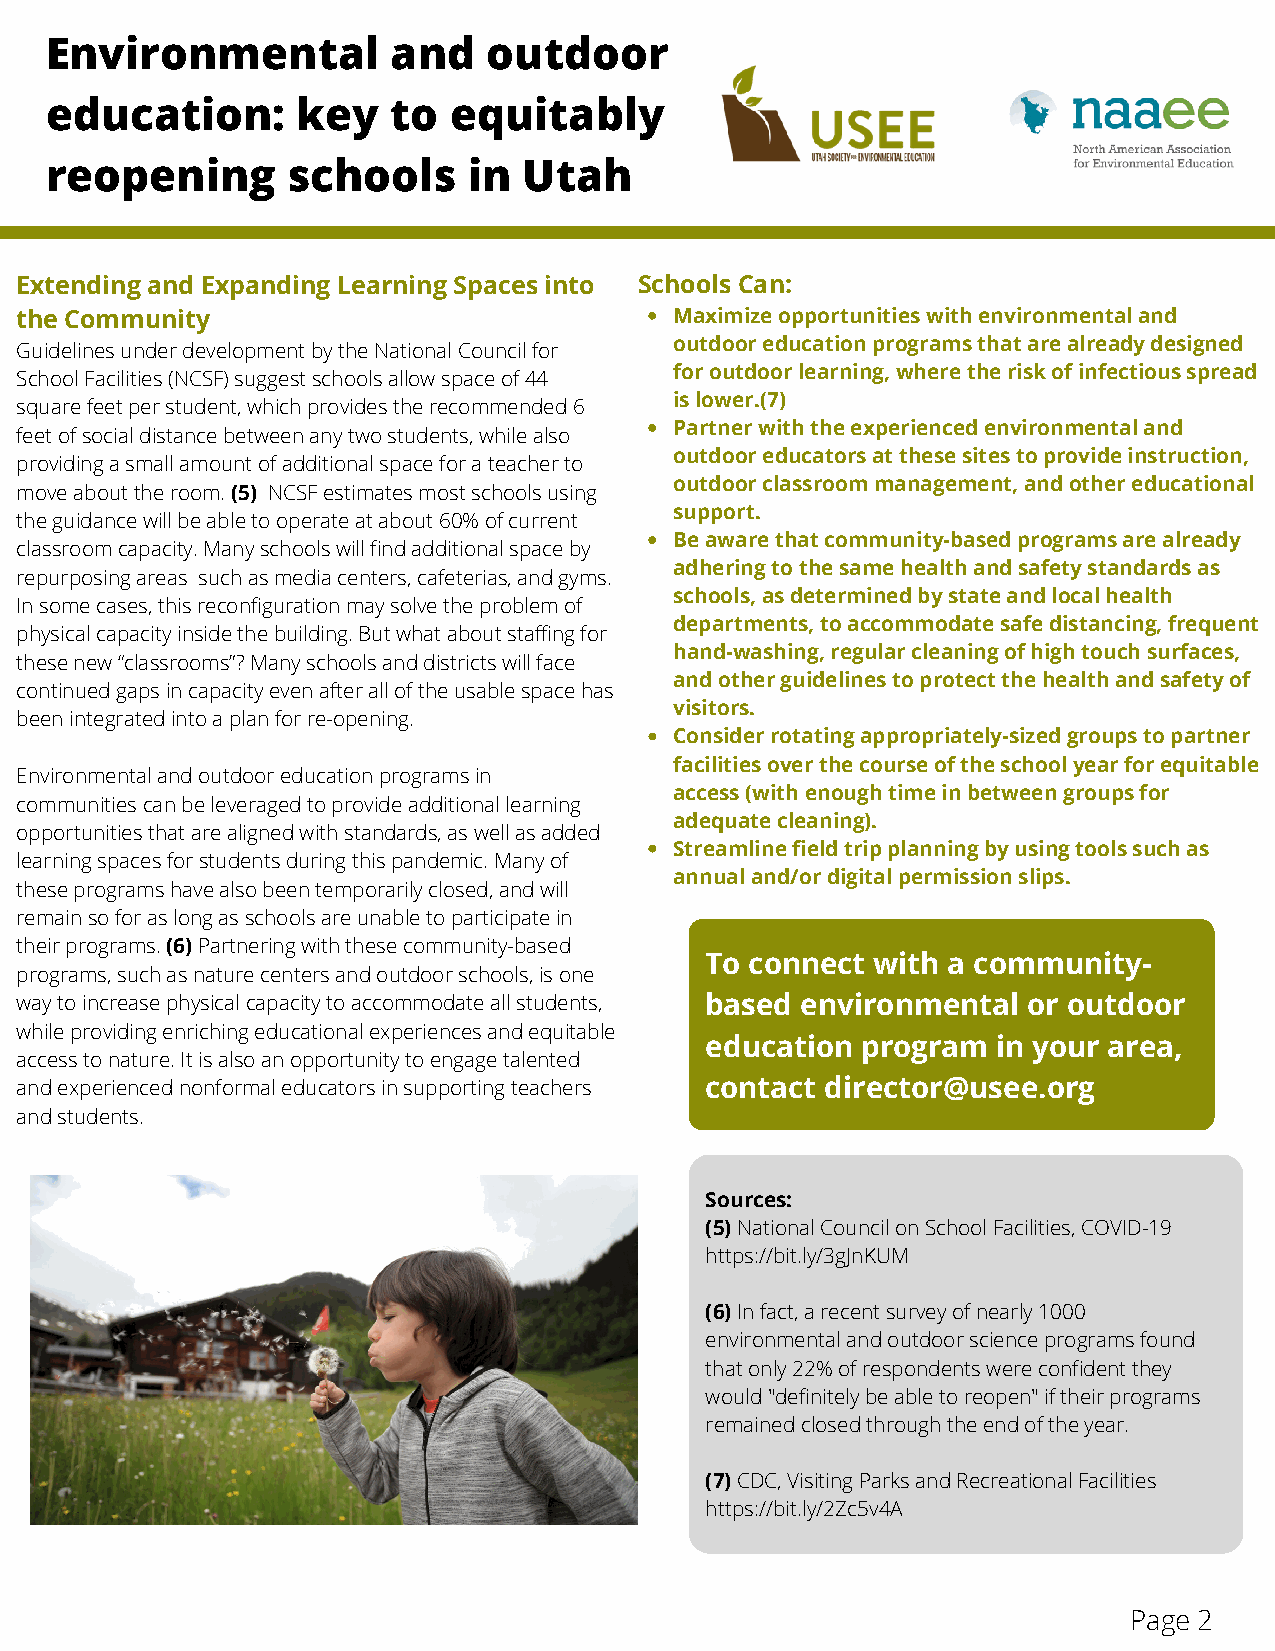
Environmental          and   outdoor
 education:       key   to  equitably
 reopening       schools     in  Utah
 Extending and Expanding Learning Spaces into Schools Can:
 the Community                               Maximize opportunities with environmental and
 outdoor education programs that are already designed
 Guidelines under development by the National Council for
 for outdoor learning, where the risk of infectious spread
 School Facilities (NCSF) suggest schools allow space of 44
 is lower.(7)
 square feet per student, which provides the recommended 6
 Partner with the experienced environmental and
 feet of social distance between any two students, while also
 outdoor educators at these sites to provide instruction,
 providing a small amount of additional space for a teacher to
 outdoor classroom management, and other educational
 move about the room. (5) NCSF estimates most schools using
 support.
 the guidance will be able to operate at about 60% of current
 Be aware that community-based programs are already
 classroom capacity. Many schools will find additional space by
 adhering to the same health and safety standards as
 repurposing areas such as media centers, cafeterias, and gyms.
 schools, as determined by state and local health
 In some cases, this reconfiguration may solve the problem of
 departments, to accommodate safe distancing, frequent
 physical capacity inside the building. But what about staffing for
 hand-washing, regular cleaning of high touch surfaces,
 these new “classrooms”? Many schools and districts will face
 and other guidelines to protect the health and safety of
 continued gaps in capacity even after all of the usable space has
 visitors.
 been integrated into a plan for re-opening.
 Consider rotating appropriately-sized groups to partner
 facilities over the course of the school year for equitable
 Environmental and outdoor education programs in
 access (with enough time in between groups for
 communities can be leveraged to provide additional learning
 adequate cleaning).
 opportunities that are aligned with standards, as well as added
 Streamline field trip planning by using tools such as
 learning spaces for students during this pandemic. Many of
 annual and/or digital permission slips.
 these programs have also been temporarily closed, and will
 remain so for as long as schools are unable to participate in
 their programs. (6) Partnering with these community-based
 To connect with a community-
 programs, such as nature centers and outdoor schools, is one
 way to increase physical capacity to accommodate all students, based environmental or outdoor
 while providing enriching educational experiences and equitable
 education program  in your area,
 access to nature. It is also an opportunity to engage talented
 and experienced nonformal educators in supporting teachers contact director@usee.org
 and students.
 Sources:
 (5) National Council on School Facilities, COVID-19
 https://bit.ly/3gJnKUM
 (6) In fact, a recent survey of nearly 1000
 environmental and outdoor science programs found
 that only 22% of respondents were confident they
 would "definitely be able to reopen" if their programs
 remained closed through the end of the year.
 (7) CDC, Visiting Parks and Recreational Facilities
 https://bit.ly/2Zc5v4A
 Page 2